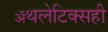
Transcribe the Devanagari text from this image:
ॲथलेटिक्सही